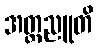
အတ္ထညူတိ